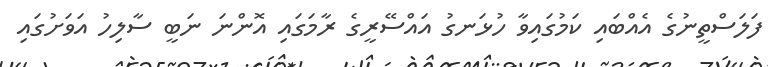
ފަލަސްތީނުގެ އެއްބައި ކަމުގައިވާ ހުޅަނގު އައްސޭރީގެ ރާމަގައި އޮންނަ ނަބީ ސާލިހު އަވަށުގައި